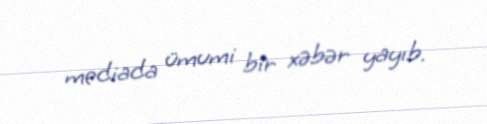
mediada ümumi bir xəbər yayıb.